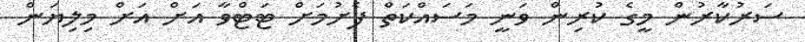
ސަރުކާރުން މީގެ ކުރިން ވަނީ މަސައްކަތް ފެށުމަށް ޓަޓްވާ އަށް އަށް މިލިޔަން